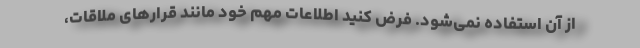
از آن استفاده نمی‌شود. فرض کنید اطلاعات مهم خود مانند قرارهای ملاقات،